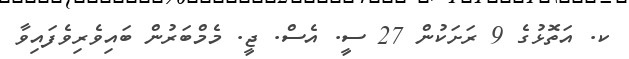
ކ. އަތޮޅުގެ 9 ރަށަކުން 27 ސީ. އެސް. ޖީ. މެމްބަރުން ބައިވެރިވެފައިވާ